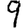
Digit: 9